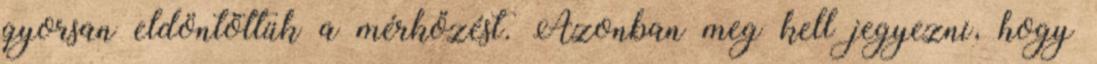
gyorsan eldöntöttük a mérkőzést. Azonban meg kell jegyezni, hogy